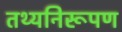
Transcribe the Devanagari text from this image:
तथ्यनिरूपण